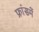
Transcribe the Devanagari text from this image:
फ्रांसमें